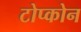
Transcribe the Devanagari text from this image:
टोप्कोन